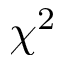
\chi ^ { 2 }